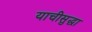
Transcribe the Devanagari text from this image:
याचीसुद्धा